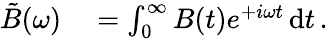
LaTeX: \begin{array}{rl}{\tilde{B}(\omega)}&{{}=\int_{0}^{\infty}B(t)e^{+i\omega t}\, \mathrm{d}t\, .}\end{array}